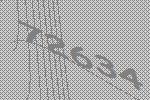
72634